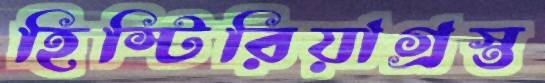
হিস্টিরিয়াগ্রস্ত